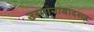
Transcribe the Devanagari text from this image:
उस्मानाबादसह